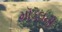
મૉડલની